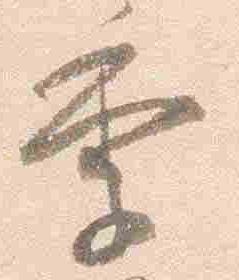
季